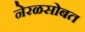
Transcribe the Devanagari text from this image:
नेरळसोबत